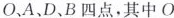
O.A D、B四点，其中O